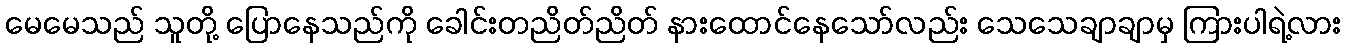
မေမေသည် သူတို့ ပြောနေသည်ကို ခေါင်းတညိတ်ညိတ် နားထောင်နေသော်လည်း သေသေချာချာမှ ကြားပါရဲ့လား